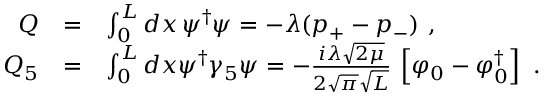
\begin{array} { r c l } { { Q } } & { { = } } & { { \int _ { 0 } ^ { L } d x \, \psi ^ { \dagger } \psi = - \lambda ( p _ { + } - p _ { - } ) \ , } } \\ { { Q _ { 5 } } } & { { = } } & { { \int _ { 0 } ^ { L } d x \psi ^ { \dagger } \gamma _ { 5 } \psi = - \frac { i \lambda \sqrt { 2 \mu } } { 2 \sqrt { \pi } \sqrt { L } } \, \left[ \varphi _ { 0 } - \varphi _ { 0 } ^ { \dagger } \right] \ . } } \end{array}